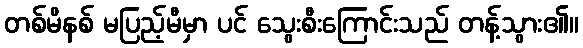
တစ်မိနစ် မပြည့်မီမှာ ပင် သွေးစီးကြောင်းသည် တန့်သွား၏။